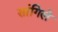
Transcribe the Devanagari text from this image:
सांगिले